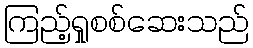
ကြည့်ရှုစစ်ဆေးသည်